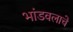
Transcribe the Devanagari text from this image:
भांडवलाचे